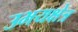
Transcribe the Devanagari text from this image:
उभयक्षेत्र